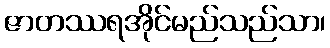
ဇာတဿရအိုင်မည်သည်သာ၊